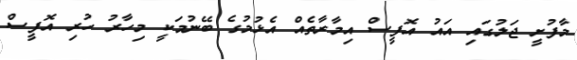
މާފުށީ ޖަލުގައި އައު އޮފީސް އިމާރާތެއް އެޅުމުގެ ބޭނުމަކީ މިހާރު ހުރި އޮފީސް